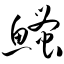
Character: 鳋